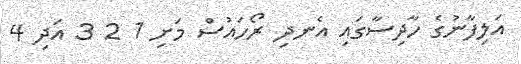
އަލިފާނުގެ ހާދިސާގައި އެނދި ރޯހައުސް މަށި 1 2 3 އަދި 4